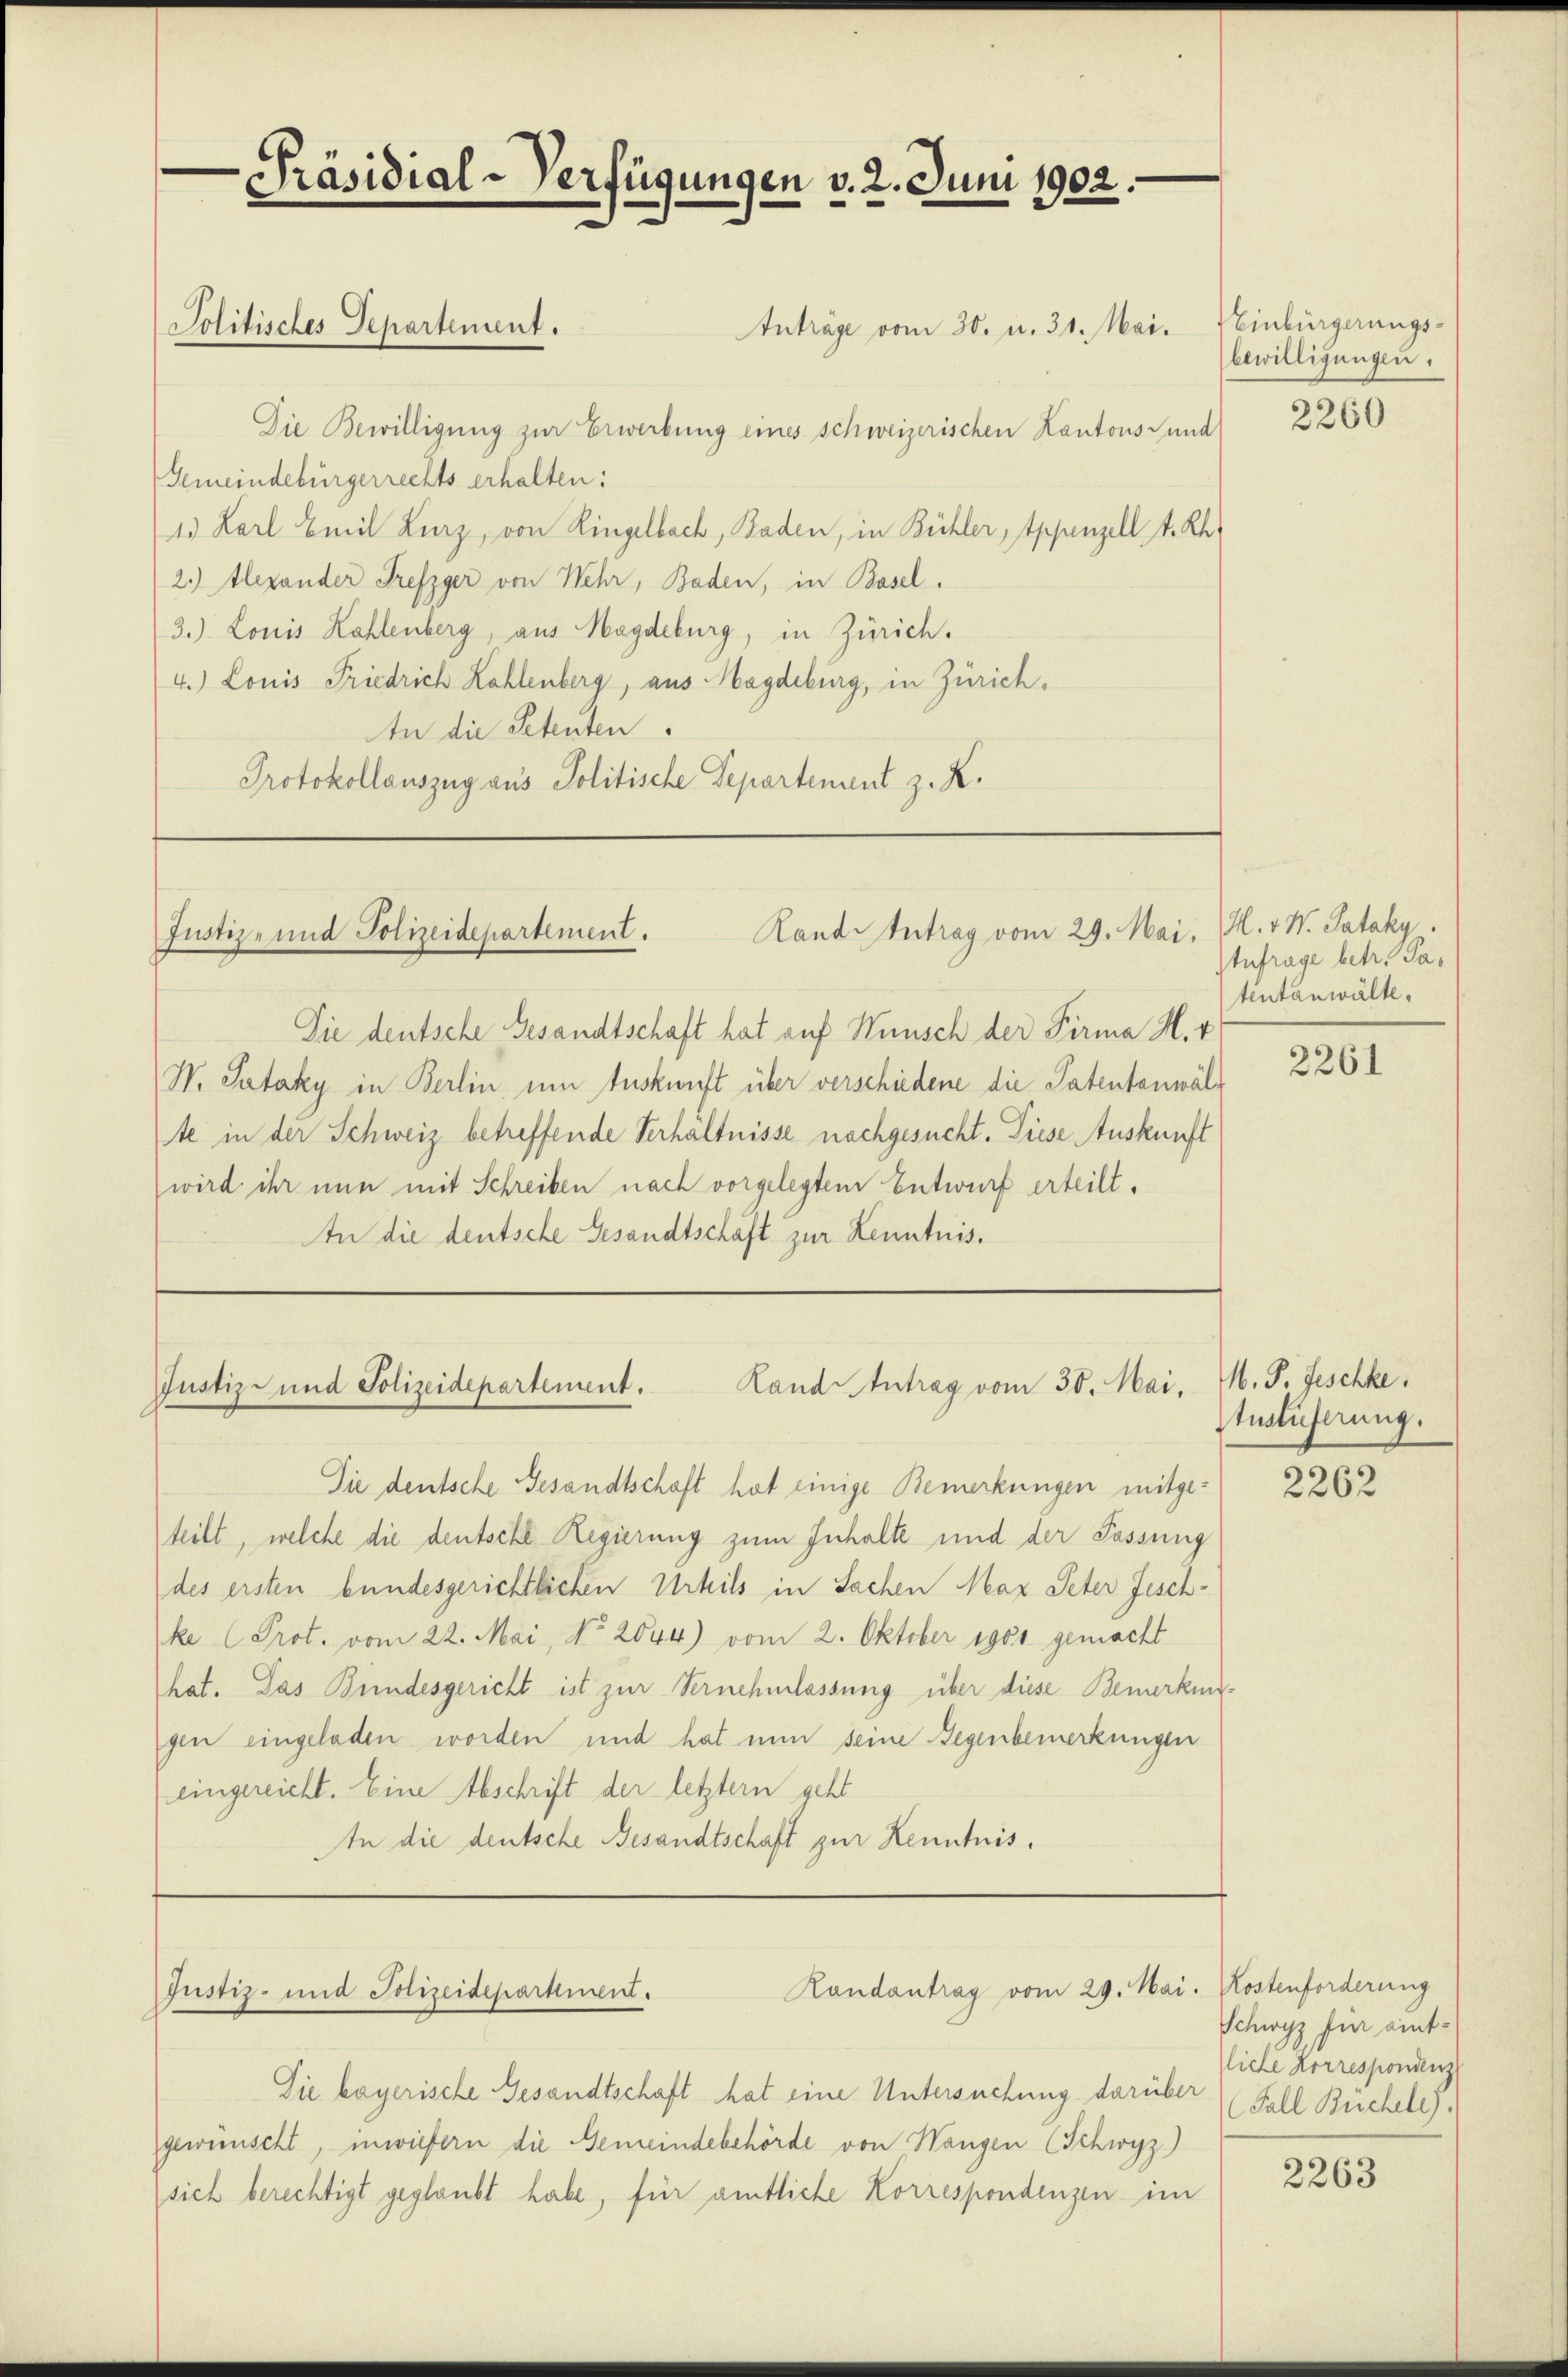
.
Präsidial-Verfügungen v. 2. Juni 1902.

Politisches Departement.

Rand Intrag vom 29. Mai.
Justiz- und Polizeidepartement.

Rand Antrag vom 30. Mai, M. P. Fischke,
Justiz- und Polizeidepartement.

Justiz- und Polizeidepartement.

Anträge vom 30. u. 31. Mai. Neinbürgerungs-
Die Bewilligung zur Erwerbung eines schweizerischen Kantons Fund
Gemeindebürgerrechts erhalten:
1. Karl Emil Kurz, von Ringelbach, Baden, in Bühler, Appenzell A. Rh
2.) Alexander Trefzger von Wehr, Baden, in Basel.
3.) Louis Kahlenberg, aus Magdeburg, in Zürich.
4.) Louis Friedrich Kohlenberg, aus Magdeburg, in Zürich¬
An die Petenten
Protokollauszug aus Politische Departement z. R.

Landantrag vom 29. Mai. Kostenforderung

Sie deutsche Gesandtschaft hat auf Wunsch der Firma H. v
W. Pataky in Berlin um Auskunft über verschiedene die Patentanwälte in der Schweiz betreffende Verhältnisse nachgesucht. Diese Auskunft
wird ihr nun mit Schreiben nach vorgelegtem Entwurf erteilt.
In die deutsche Gesandtschäft zur Kenntnis.

Die deutsche Gesandtschaft hat einige Bemerkungen mitgeteilt, welche die deutsche Regierung zum Inhalte und der Fassung
des ersten bundesgerichtlichen Urhils in Sachen Max Peter Jeschke Prot. vom 22. Mai, No 2644) vom 2. Oktober 1900 gemacht
hat. Das Bundesgericht ist zur Vernehmlassung über diese Bemerkengen eingeladen worden und hat nun seine Gegenbemerkungen
eingereicht. Eine Abschrift der letztern geht
In die deutsche Besandtschaft zur Kenntnis.

Sie bayerische Gesandtschaft hat eine Untersuchung darüber Fall Büchele).
gewünscht, inwiefern die Gemeindebehörde von Wangen (Schwyz)
sich berechtigt geglaubt habe, für amtliche Korrespondenzen im

bewilligungen.

2260

H. v. M. Pataky.
Anfrage betr. Patentanwälte.

2261

Auslieferung.

2262

Schwyz für eintliche Korrespondenz

2263